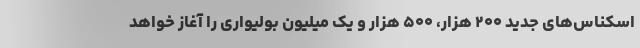
اسکناس‌های جدید ۲۰۰ هزار، ۵۰۰ هزار و یک میلیون بولیواری را آغاز خواهد